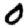
Digit: 0